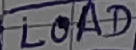
Text: LOAD